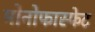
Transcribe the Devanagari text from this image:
मोनोफास्फेट